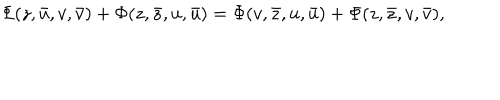
LaTeX: \Phi ( z , \bar { u } , v , \bar { v } ) + \Phi ( z , \bar { z } , u , \bar { u } ) = \Phi ( v , \bar { z } , u , \bar { u } ) + \Phi ( z , \bar { z } , v , \bar { v } ) ,